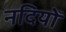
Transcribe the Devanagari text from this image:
नदियोँ